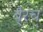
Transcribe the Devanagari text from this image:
बै्रंच